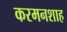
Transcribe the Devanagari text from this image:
करमनशाह